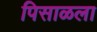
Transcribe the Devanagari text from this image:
पिसाळला